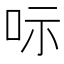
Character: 呩